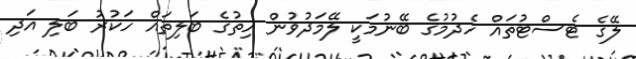
ލޭގެ ޓެސްޓުތައް ހެދުމުގެ ބޭނުމަކީ ލޭމަދުވުން ހިތުގެ ބަލިތައް ހަކުރު ބަލި އަދި